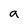
Character: a